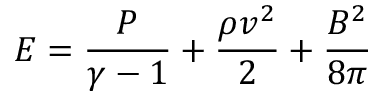
E = \frac { P } { \gamma - 1 } + \frac { \rho v ^ { 2 } } { 2 } + \frac { B ^ { 2 } } { 8 \pi }